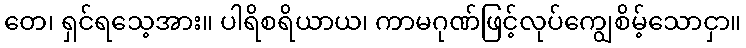
တေ၊ ရှင်ရသေ့အား။ ပါရိစရိယာယ၊ ကာမဂုဏ်ဖြင့်လုပ်ကျွေစိမ့်သောငှာ။